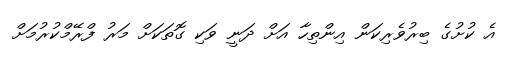
އެ ކުށުގެ ބިރުވެރިކަން އިންތިހާ އަށް ދަނީ ވަކި ގޮތަކަށް މަރު ފްރޭމްކުރުމަށް